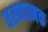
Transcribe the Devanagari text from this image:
वस्त्वात्मक